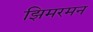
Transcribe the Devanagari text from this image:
झिमरमन